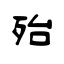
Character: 殆